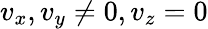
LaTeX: v_{x},v_{y}\ne 0,v_{z}=0